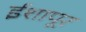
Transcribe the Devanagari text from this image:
ईशापूर